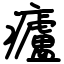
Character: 㿖